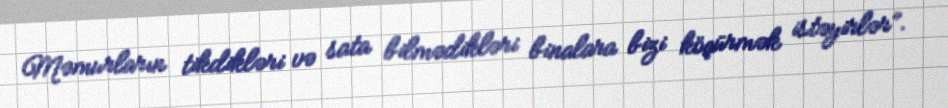
Məmurların tikdikləri və sata bilmədikləri binalara bizi köçürmək istəyirlər”.